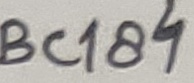
Text: BC184